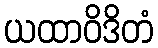
ယထာဝိဒိတံ